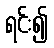
ရင်း၍